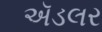
ઍડલર